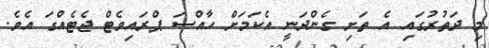
މި ދަތުރުގައި އެ ތަށި ގެންދަނީ އެކަމަށް ހާއްސަ ޕްރައިވެޓް ޖެޓެއްގަ އެވެ.